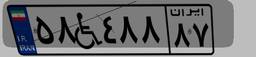
۳۴W۵۴۲۴۹